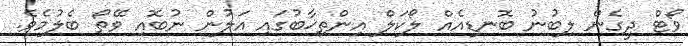
ވޯޓް ދީގެން ލިބުނު ބޮނޑިއެއް ލޯކަލް އިންތިޚާބުގައި އަލުން ނުބޮއި ވޭތޯ ބެލުމެވެ.